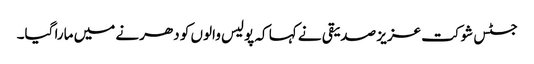
جسٹس شوکت عزیز صدیقی نے کہا کہ پولیس والوں کو دھرنے میں مارا گیا۔